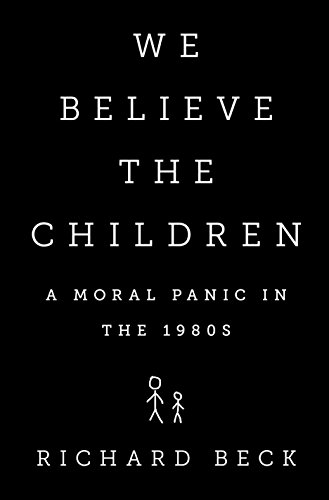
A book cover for We Believe the Children: A Moral Panic in the 1980s; Richard Beck; Parenting & Relationships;